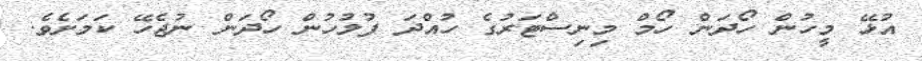
އުޅޭ މީހުން ހޯދަން ހޯމް މިނިސްޓަރުގެ ހުއްދަ ފުލުހުން ހޯދަން ނުޖެހޭ ކަމަށެވެ.